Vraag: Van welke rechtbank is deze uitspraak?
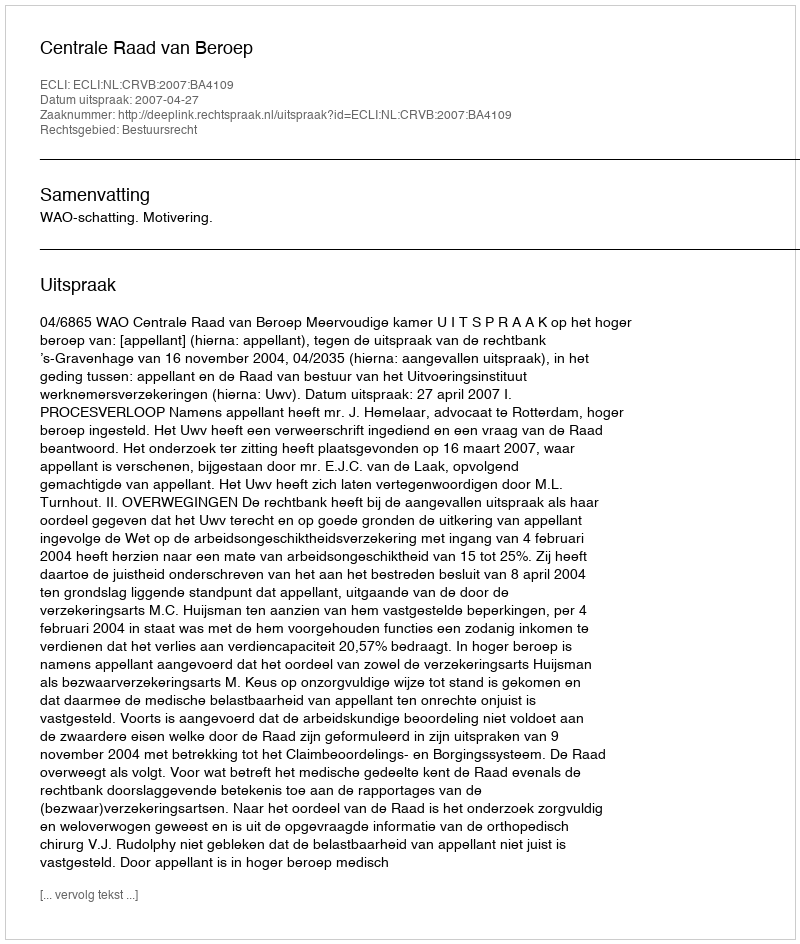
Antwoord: Centrale Raad van Beroep